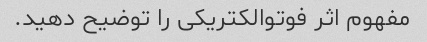
مفهوم اثر فوتوالکتریکی را توضیح دهید.